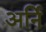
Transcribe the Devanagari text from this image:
अर्नि